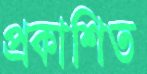
প্রকাশিত